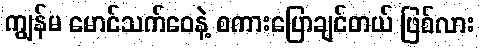
ကျွန်မ မောင်သက်ဝေနဲ့ စကားပြောချင်တယ် ဖြစ်လား